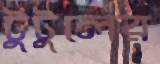
টুটুলের